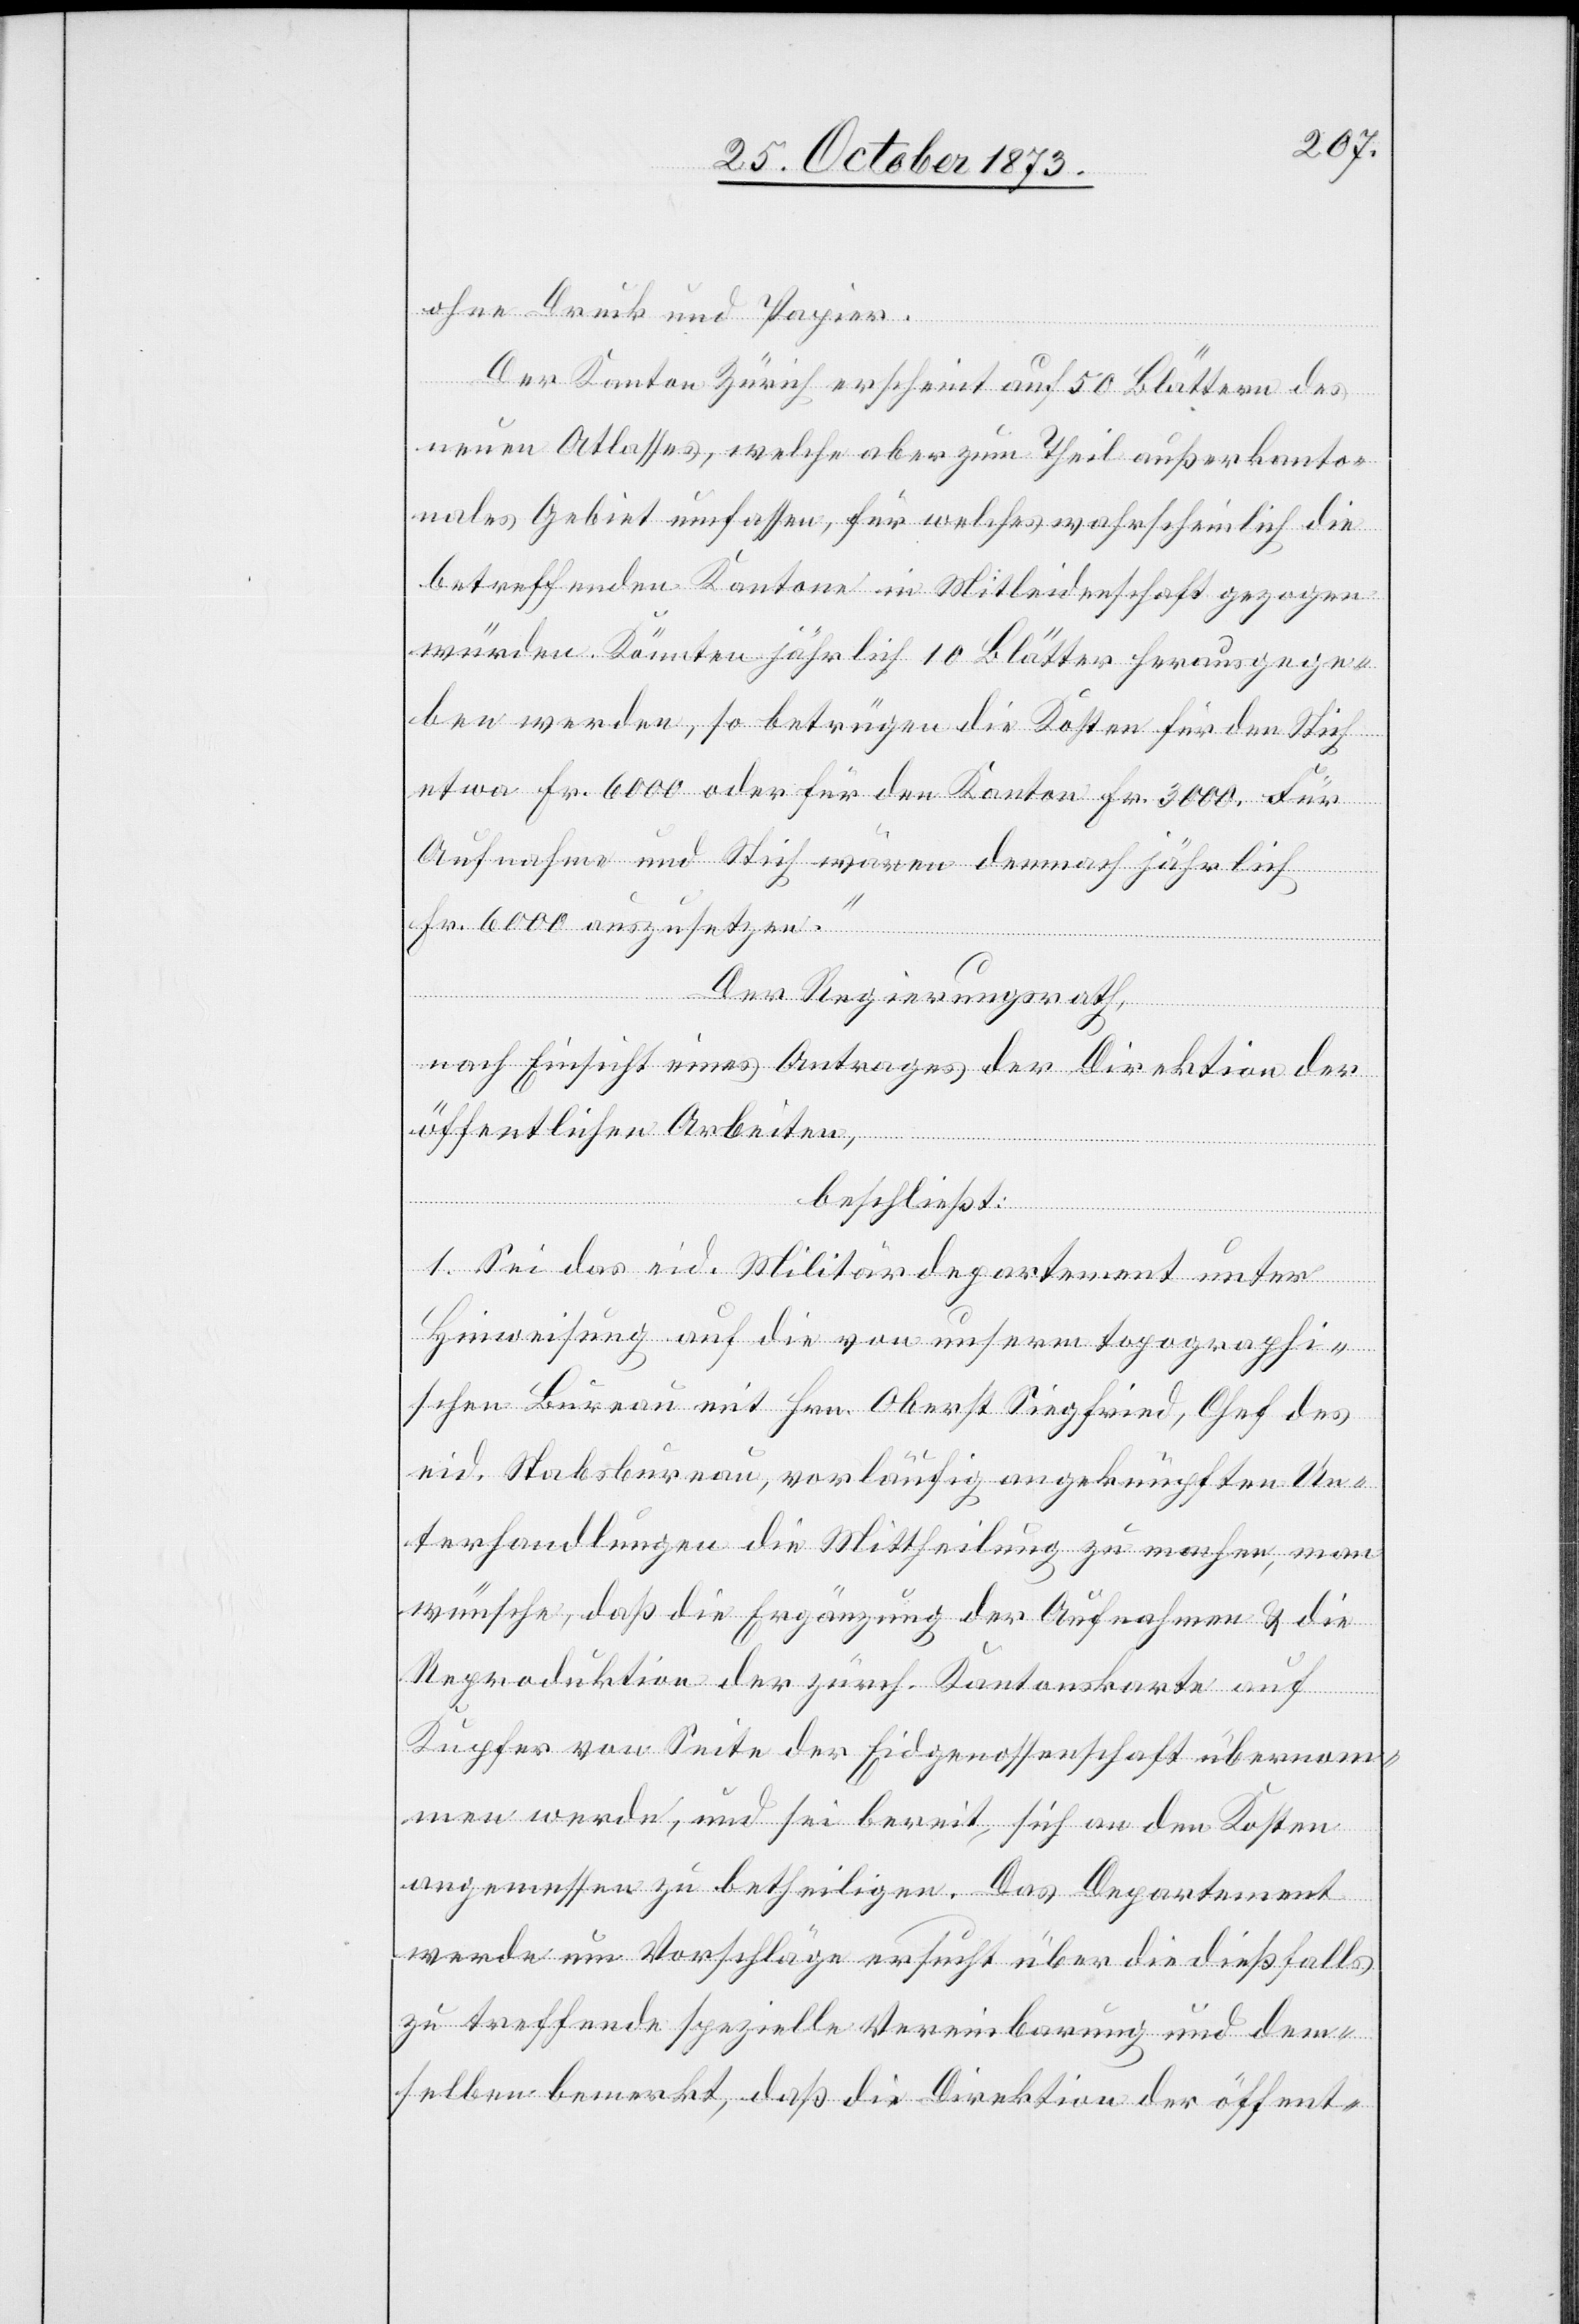
ohne Druck und Papier.
Der Kanton Zürich erscheint auf 50 Blättern des
neuen Atlasses, welche aber zum Theil außerkanto¬
nales Gebiet umfassen, für welches wahrscheinlich die
betreffenden Kantone in Mitleidenschaft gezogen
würden. Könnten jährlich 10 Blätter herausgege¬
ben werden, so betrügen die Kosten für den Stich
etwa Fr. 6 000 oder für den Kanton Fr. 3 000. Für
Aufnahme und Stich wären demnach jährlich
Fr. 6 000 auszusetzen.“
Der Regierungsrath,
nach Einsicht eines Antrages der Direktion der
öffentlichen Arbeiten,
beschließt:
1. Sei das [sic!] eid. Militärdepartement unter
Hinweisung auf die von unserm topographi¬
schen Bureau mit Hrn. Oberst Siegfried, Chef des
eid. Stabsbureau, vorläufig angeknüpften Un¬
terhandlungen die Mittheilung zu machen, man
wünsche, daß die Ergänzung der Aufnahmen & die
Reproduktion der zürch. Kantonskarte auf
Kupfer von Seite der Eidgenossenschaft übernom¬
men werde, und sei bereit, sich an den Kosten
angemessen zu betheiligen. Das Departement
werde um Vorschläge ersucht über die dießfalls
zu treffende spezielle Vereinbarung und dem¬
selben bemerkt, daß die Direktion der öffent-